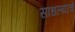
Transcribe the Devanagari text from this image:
साधल्याचे